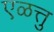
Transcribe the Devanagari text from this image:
एळत्तु